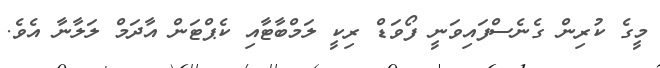
މީގެ ކުރިން ގެނެސްފައިވަނީ ފޯވަޑް ރިކީ ލަމްބާޓާއި ކެޕްޓަން އާދަމް ލަލާނާ އެވެ.